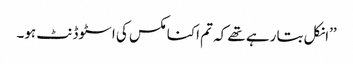
’’انکل بتا رہے تھے کہ تم اکنامکس کی اسٹوڈنٹ ہو۔